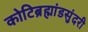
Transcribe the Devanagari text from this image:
कोटिब्रह्मांडसुंदरी